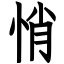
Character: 悄